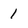
Character: 1